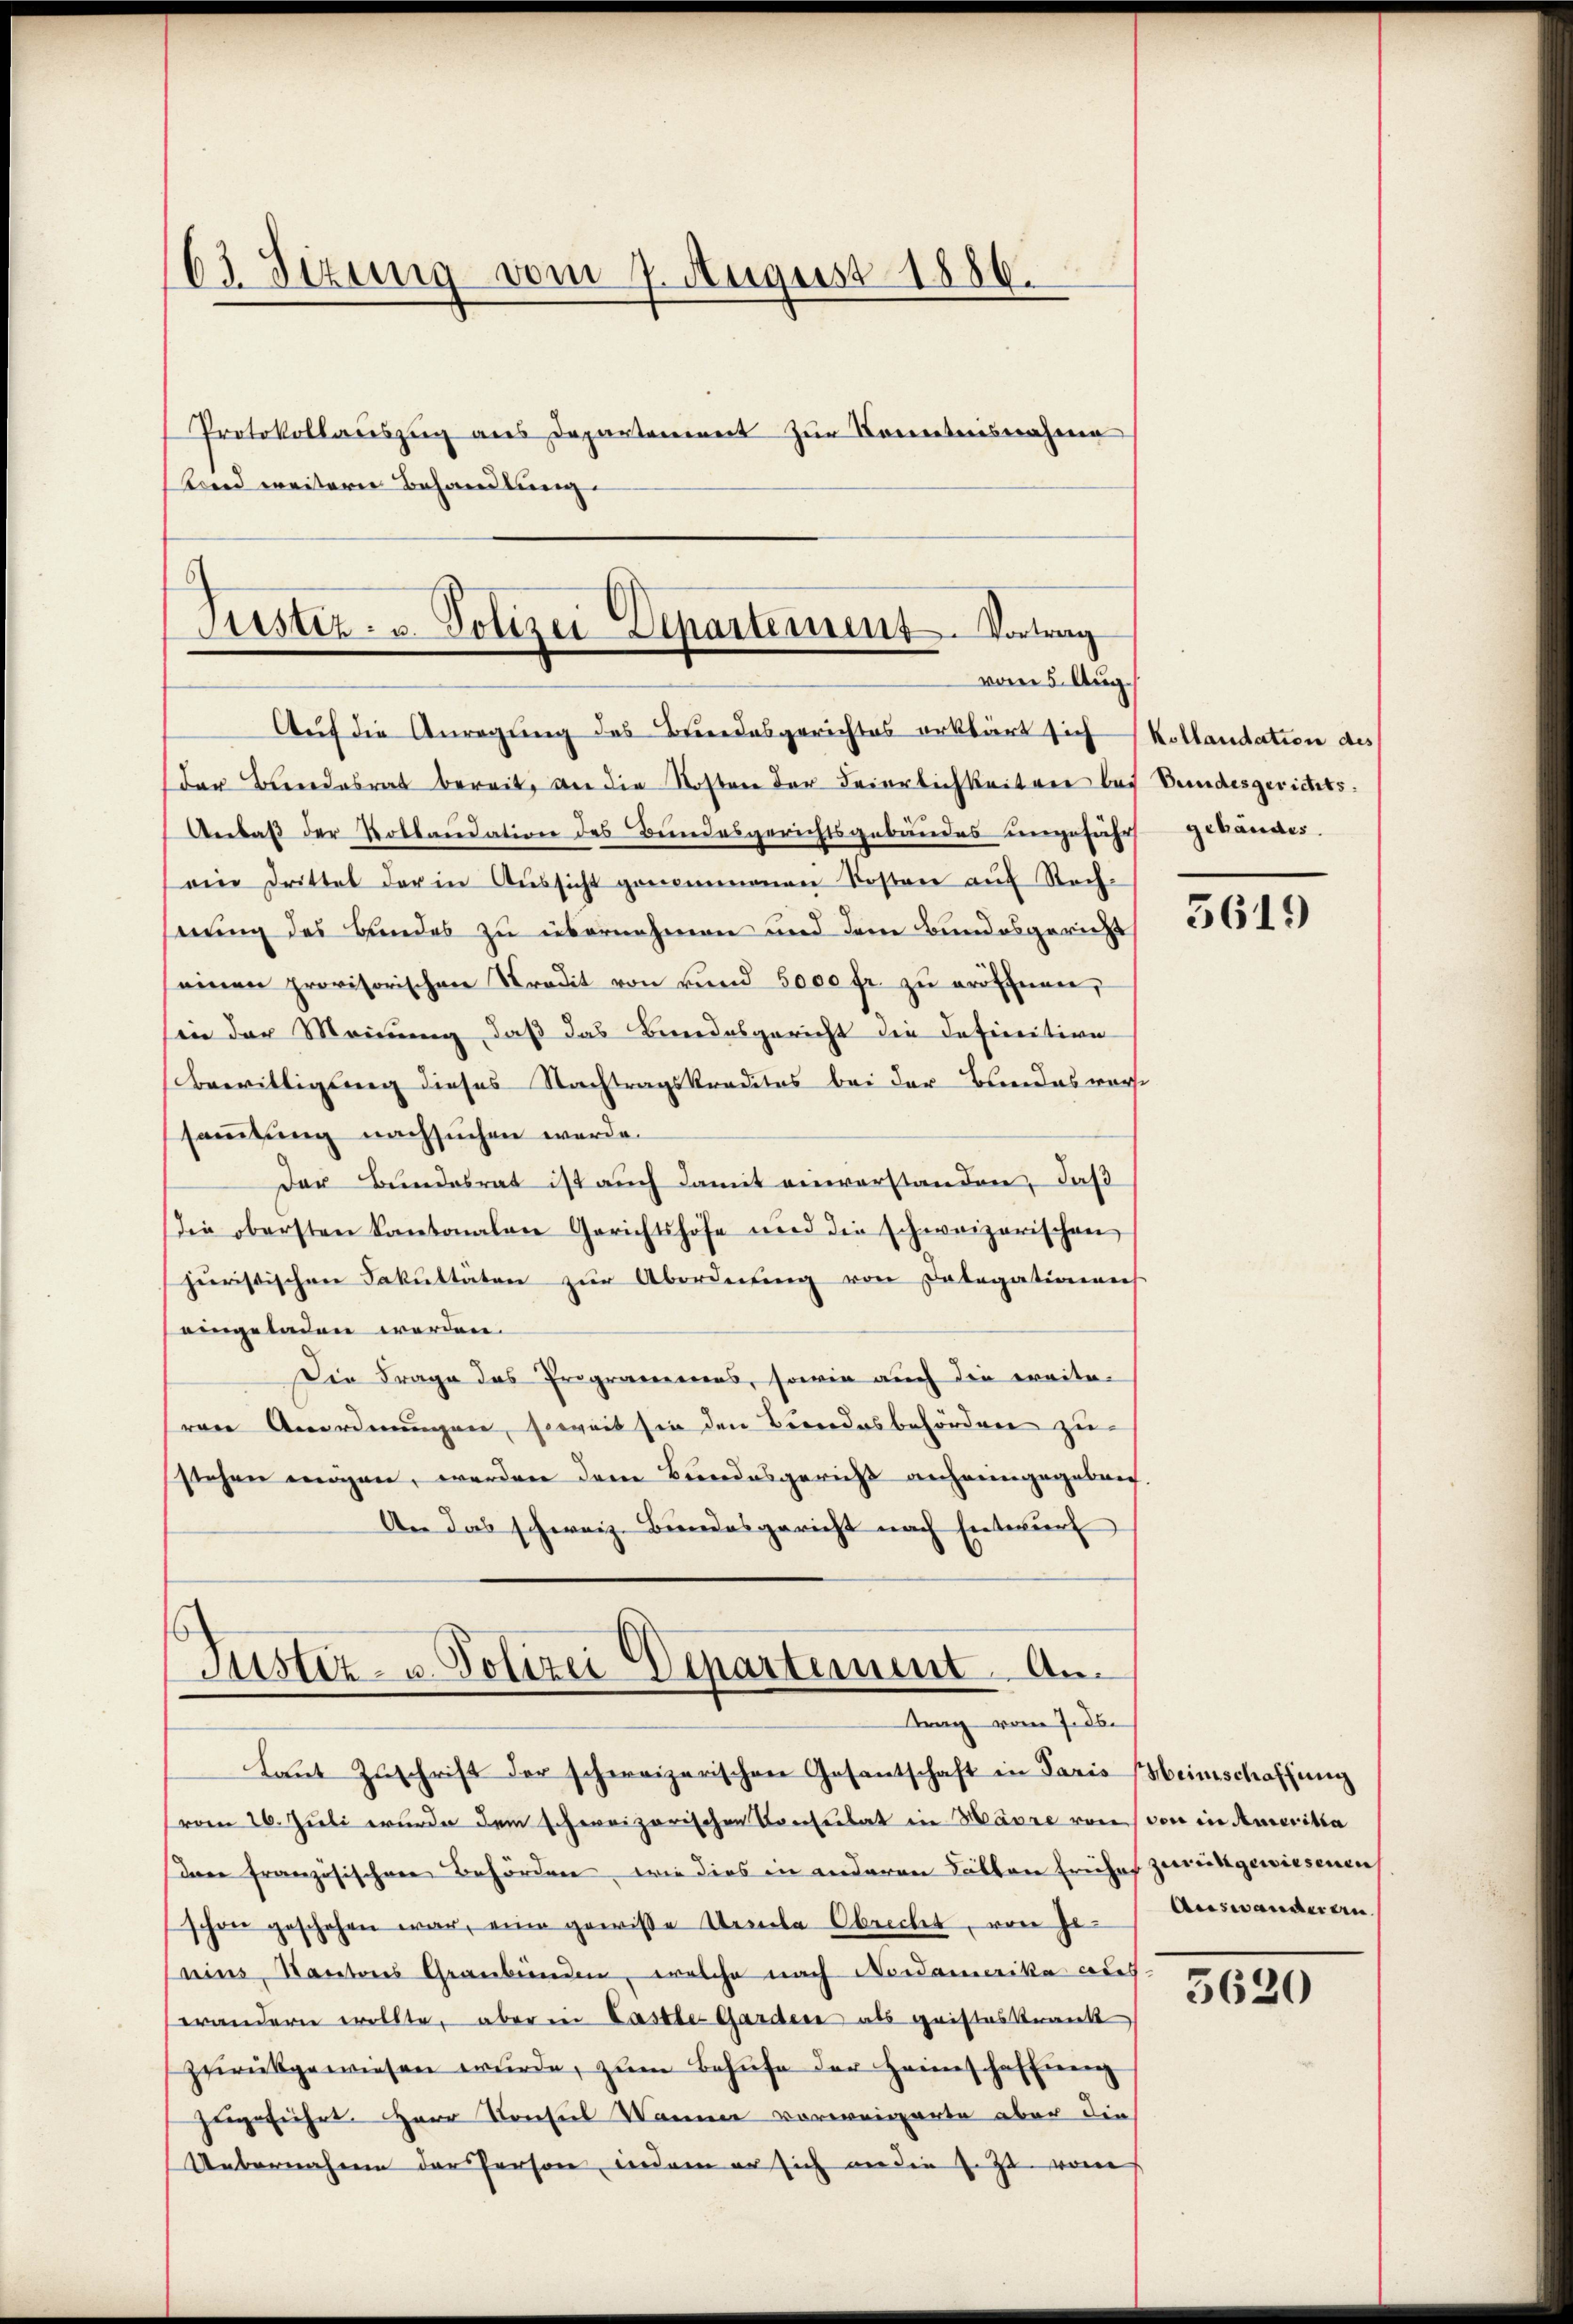
63 Sizung vom 7. August 1886.
Protokollauszug aus Departenwert zur Kenntnisnahme
land weitern Behandlung.

Austiz- u. Polizei Departement. Vortrag
vom 5. Aug.

Auf die Anregung des Bundesgerichtes erklärt sich Kollandation des
der Beendesrat bereit, an die Kosten der Feierlichkeiten bei Bundesgerichts¬
Anlaß der Kollaudation des Bundesgerichtsgebäudes ungeführt gebäudes.
ein Drittel der in Aŭssicht genommenen Kosten aŭf Rech-
nung des Bundes zu übernehmen und dem Bundesgericht
einen provisorischen Tradit von rund 5000 fr. zu eröffnen,
sin der Meinung, daß das Bindesgericht die Definition
bewilligung dieses Nachtragskreditas bei der Bundes warst
sammlung nachsuchen werde.
Der Bŭndesrat ist aŭch damit einverstanden, daß
die obersten Kantonalen Gerichtshofe und die schweizerischen
juristischen Fakultäten zur Abordnung von Dolegationens
eingeladen werden.
Die Frage das Programenens, sowie auch die weiteren Anordnungen, soweit sie den Bundesbehörden zu
stehen mögen, werden dem Bundesgericht anheimgegeben.
An das schweiz. Bundesgericht nach Entwurf

6
Justiz- u. Polizei Departement. An
trag vom 7. ds.
Laŭt Zŭschrift der schweizerischen Gesantschaft in Paris Heimschaffŭng

vom 26. Juli wurde dem schweizerischen Konsulat in Märze von von in Ameritta
sane französischen Behörden, wie dies in anderen Balten Eriches zurückgewiesenen
schon geschehen war, eine gewisse Uerte Obricht, von Geains, Kantons Graubünden, welche nach Nordamerika codeserändern wollte, aber in Lastle Garden als geisteskrank
zŭrückgewiesen wŭrde, zŭm Behufe der Heimschaffung
zugeführt. Herr Konsul Wanne vorweigerte aber die
Uebernahmen der Person, indem er sich an die z. Zt. vom

5619

Auswanderen

5620